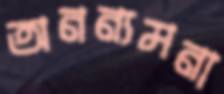
অনন্যমনা